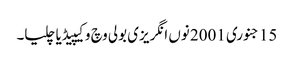
15 جنوری 2001 نوں انگریزی بولی وچ وکیپیڈیا چلیا۔